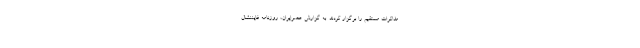
مذاکرات مستقیم را برگزار کردند. به گزارش عصرایران، روزنامه فایننشال